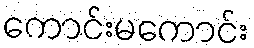
ကောင်းမကောင်း